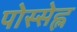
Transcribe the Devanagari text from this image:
पोस्सेह्ल